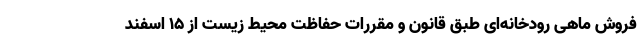
فروش ماهی رودخانه‌ای طبق قانون و مقررات حفاظت محیط زیست از ۱۵ اسفند